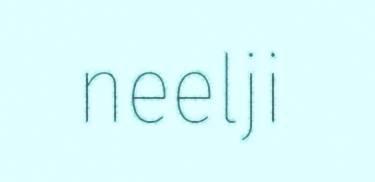
neelji